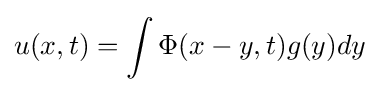
u(x,t)=\int \Phi (x-y,t)g(y)dy